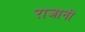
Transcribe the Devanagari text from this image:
राजानी